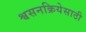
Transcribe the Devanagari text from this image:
श्वसनक्रियेसाठी